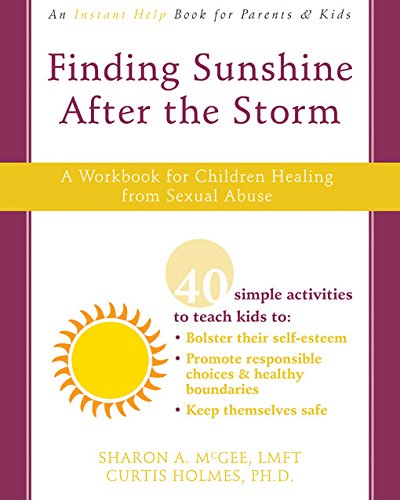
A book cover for Finding Sunshine After the Storm: A Workbook for Children Healing from Sexual Abuse; Curtis Holmes PhD; Parenting & Relationships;